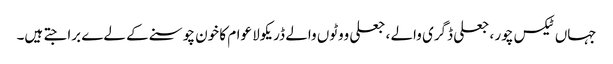
جہاں ٹیکس چور ، جعلی ڈگری والے ، جعلی ووٹوں والے ڈریکولا عوام کا خون چوسنے کے لےے برا جتے ہیں۔